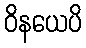
ဝိနယေပိ